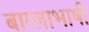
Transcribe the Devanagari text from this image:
बाग्लाभाषी